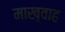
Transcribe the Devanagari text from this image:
माख़्वाह